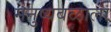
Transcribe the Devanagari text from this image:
मनुष्यबळाला